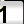
Digit: 1